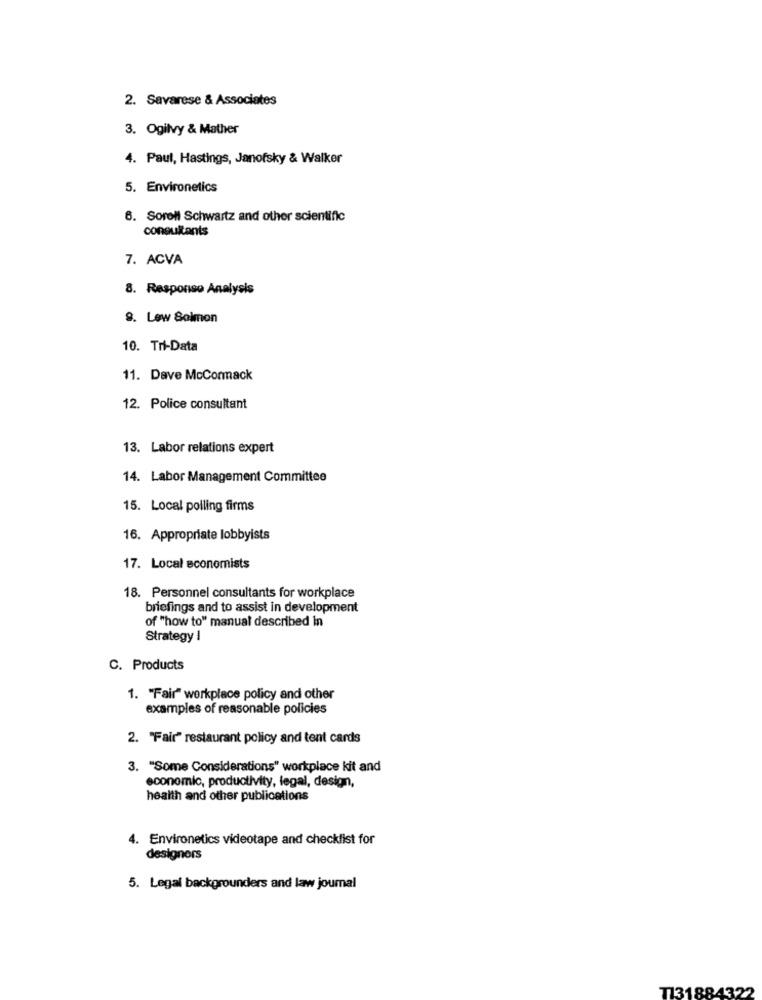
2. Savarese & Associates
3. Ogilvy & Mather
4. Paul, Hastings, Janofsky & Walker
5. Environetics
6. Sorell Schwartz and other scientific
consultants
7. ACVA
8. Responso Analysis
9. Lew Salmon
10. Tri-Data
11. Dave McCormack
12. Police consultant
13. Labor relations expert
14. Labor Management Committee
15. Local polling firms
16. Appropriate lobbyists
17. Local economists
18. Personnel consultants for workplace
briefings and to assist in development
of "how to" manual described in
Strategy I
C. Products
1. "Fair" workplace policy and other
examples of reasonable policies
2. "Fair" restaurant policy and tent cards
3. "Some Considerations" workplace kit and
economic, productivity, legal, design,
health and other publications
4. Environetics videotape and checklist for
designers
5. Legal backgrounders and law journal
T131884322